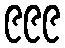
၉၉၉